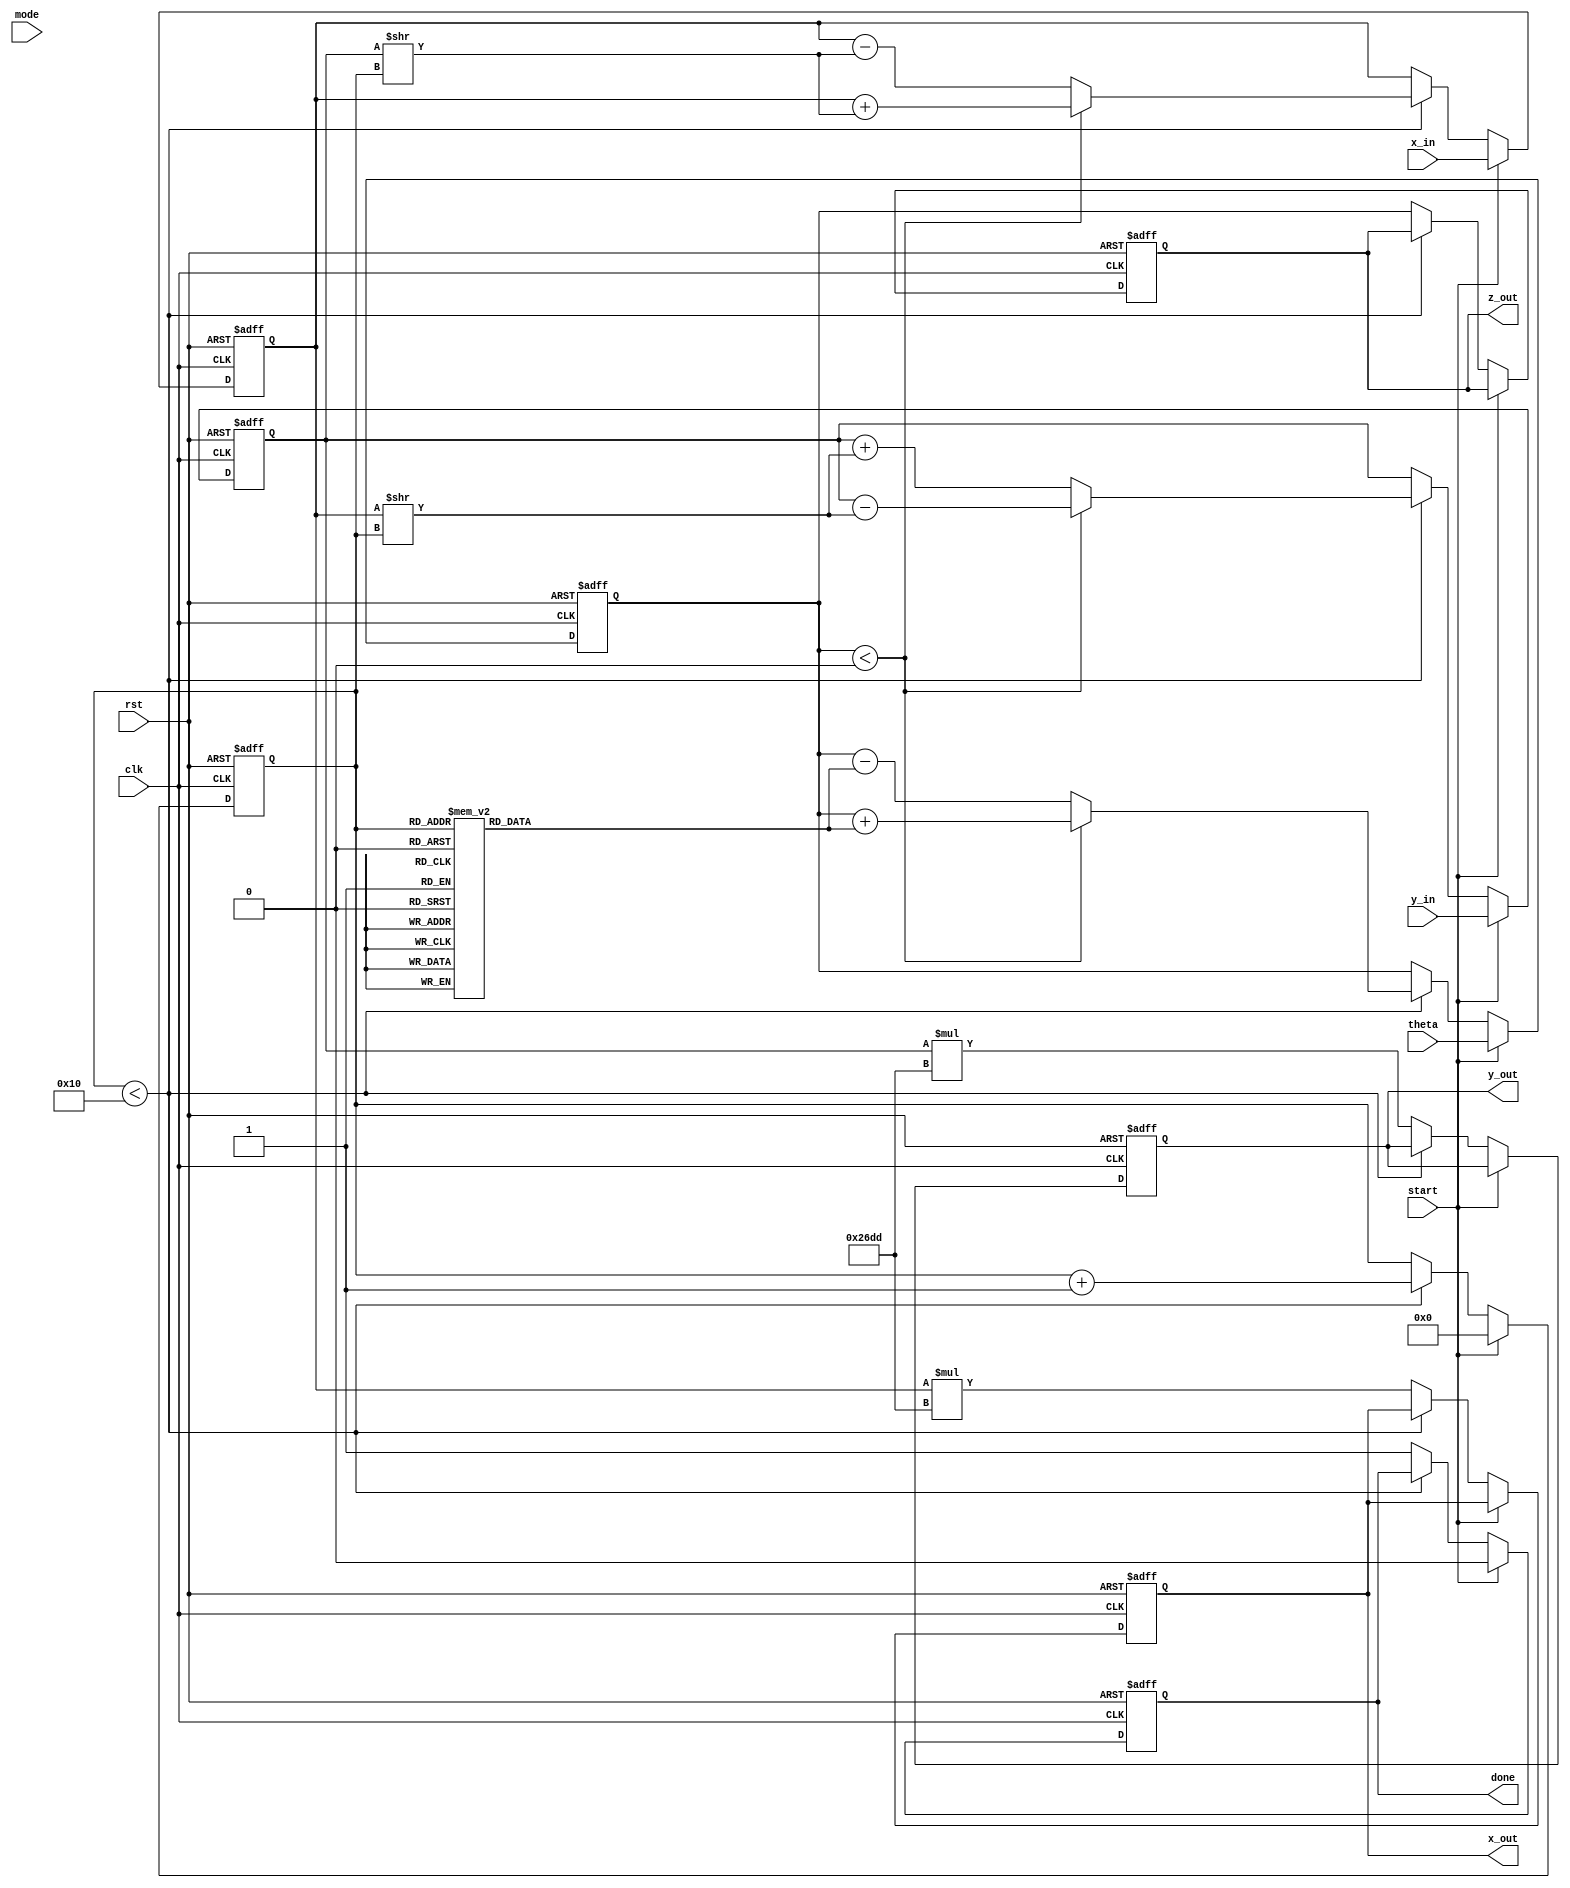
module cordic (
    input wire clk,                     // Clock
    input wire rst,                     // Reset
    input wire start,                   // Start signal
    input wire [15:0] theta,            // Input angle in radians (fixed-point)
    input wire [15:0] x_in,             // Initial x vector
    input wire [15:0] y_in,             // Initial y vector
    input wire mode,                    // Mode: 0 = Rotation, 1 = Vectoring
    output reg [15:0] x_out,            // Output x
    output reg [15:0] y_out,            // Output y
    output reg [15:0] z_out,            // Output angle
    output reg done                     // Done signal
);

    // Parameter Definitions
    parameter N = 16;                   // Number of iterations
    parameter [15:0] K = 16'h26DD;      // Scaling factor (K = 1/sqrt(1 + 2^(-2i)))
    reg [15:0] atan_table [0:N-1];      // Lookup table for atan(2^(-i))
    reg [15:0] x, y, z;                 // Internal registers
    reg [3:0] i;                        // Iteration counter
    reg [N-1:0] d;                      // Direction control

    // Initialize arctangent values
    initial begin
        atan_table[0] = 16'h2000; // atan(1) = /4
        atan_table[1] = 16'h12D8; // atan(1/2) = /8
        atan_table[2] = 16'h09FB; // atan(1/4) = /16
        atan_table[3] = 16'h0519; // atan(1/8) = /32
        // ... Fill in remaining values
    end

    // State Machine
    always @(posedge clk or posedge rst) begin
        if (rst) begin
            x <= 0;
            y <= 0;
            z <= 0;
            i <= 0;
            done <= 0;
            x_out <= 0;
            y_out <= 0;
            z_out <= 0;
        end else begin
            if (start) begin
                // Initialize values
                x <= x_in;
                y <= y_in;
                z <= theta;
                i <= 0;
                done <= 0;
            end else if (i < N) begin
                // CORDIC Iteration
                if (z < 0) begin
                    d[i] <= 1; // Rotate clockwise
                    x <= x + (y >> i);
                    y <= y - (x >> i);
                    z <= z + atan_table[i];
                end else begin
                    d[i] <= 0; // Rotate counter-clockwise
                    x <= x - (y >> i);
                    y <= y + (x >> i);
                    z <= z - atan_table[i];
                end
                i <= i + 1;
            end else begin
                // Final outputs
                x_out <= x * K; // Apply scaling
                y_out <= y * K; // Apply scaling
                z_out <= z;
                done <= 1; // Indicate completion
            end
        end
    end

endmodule